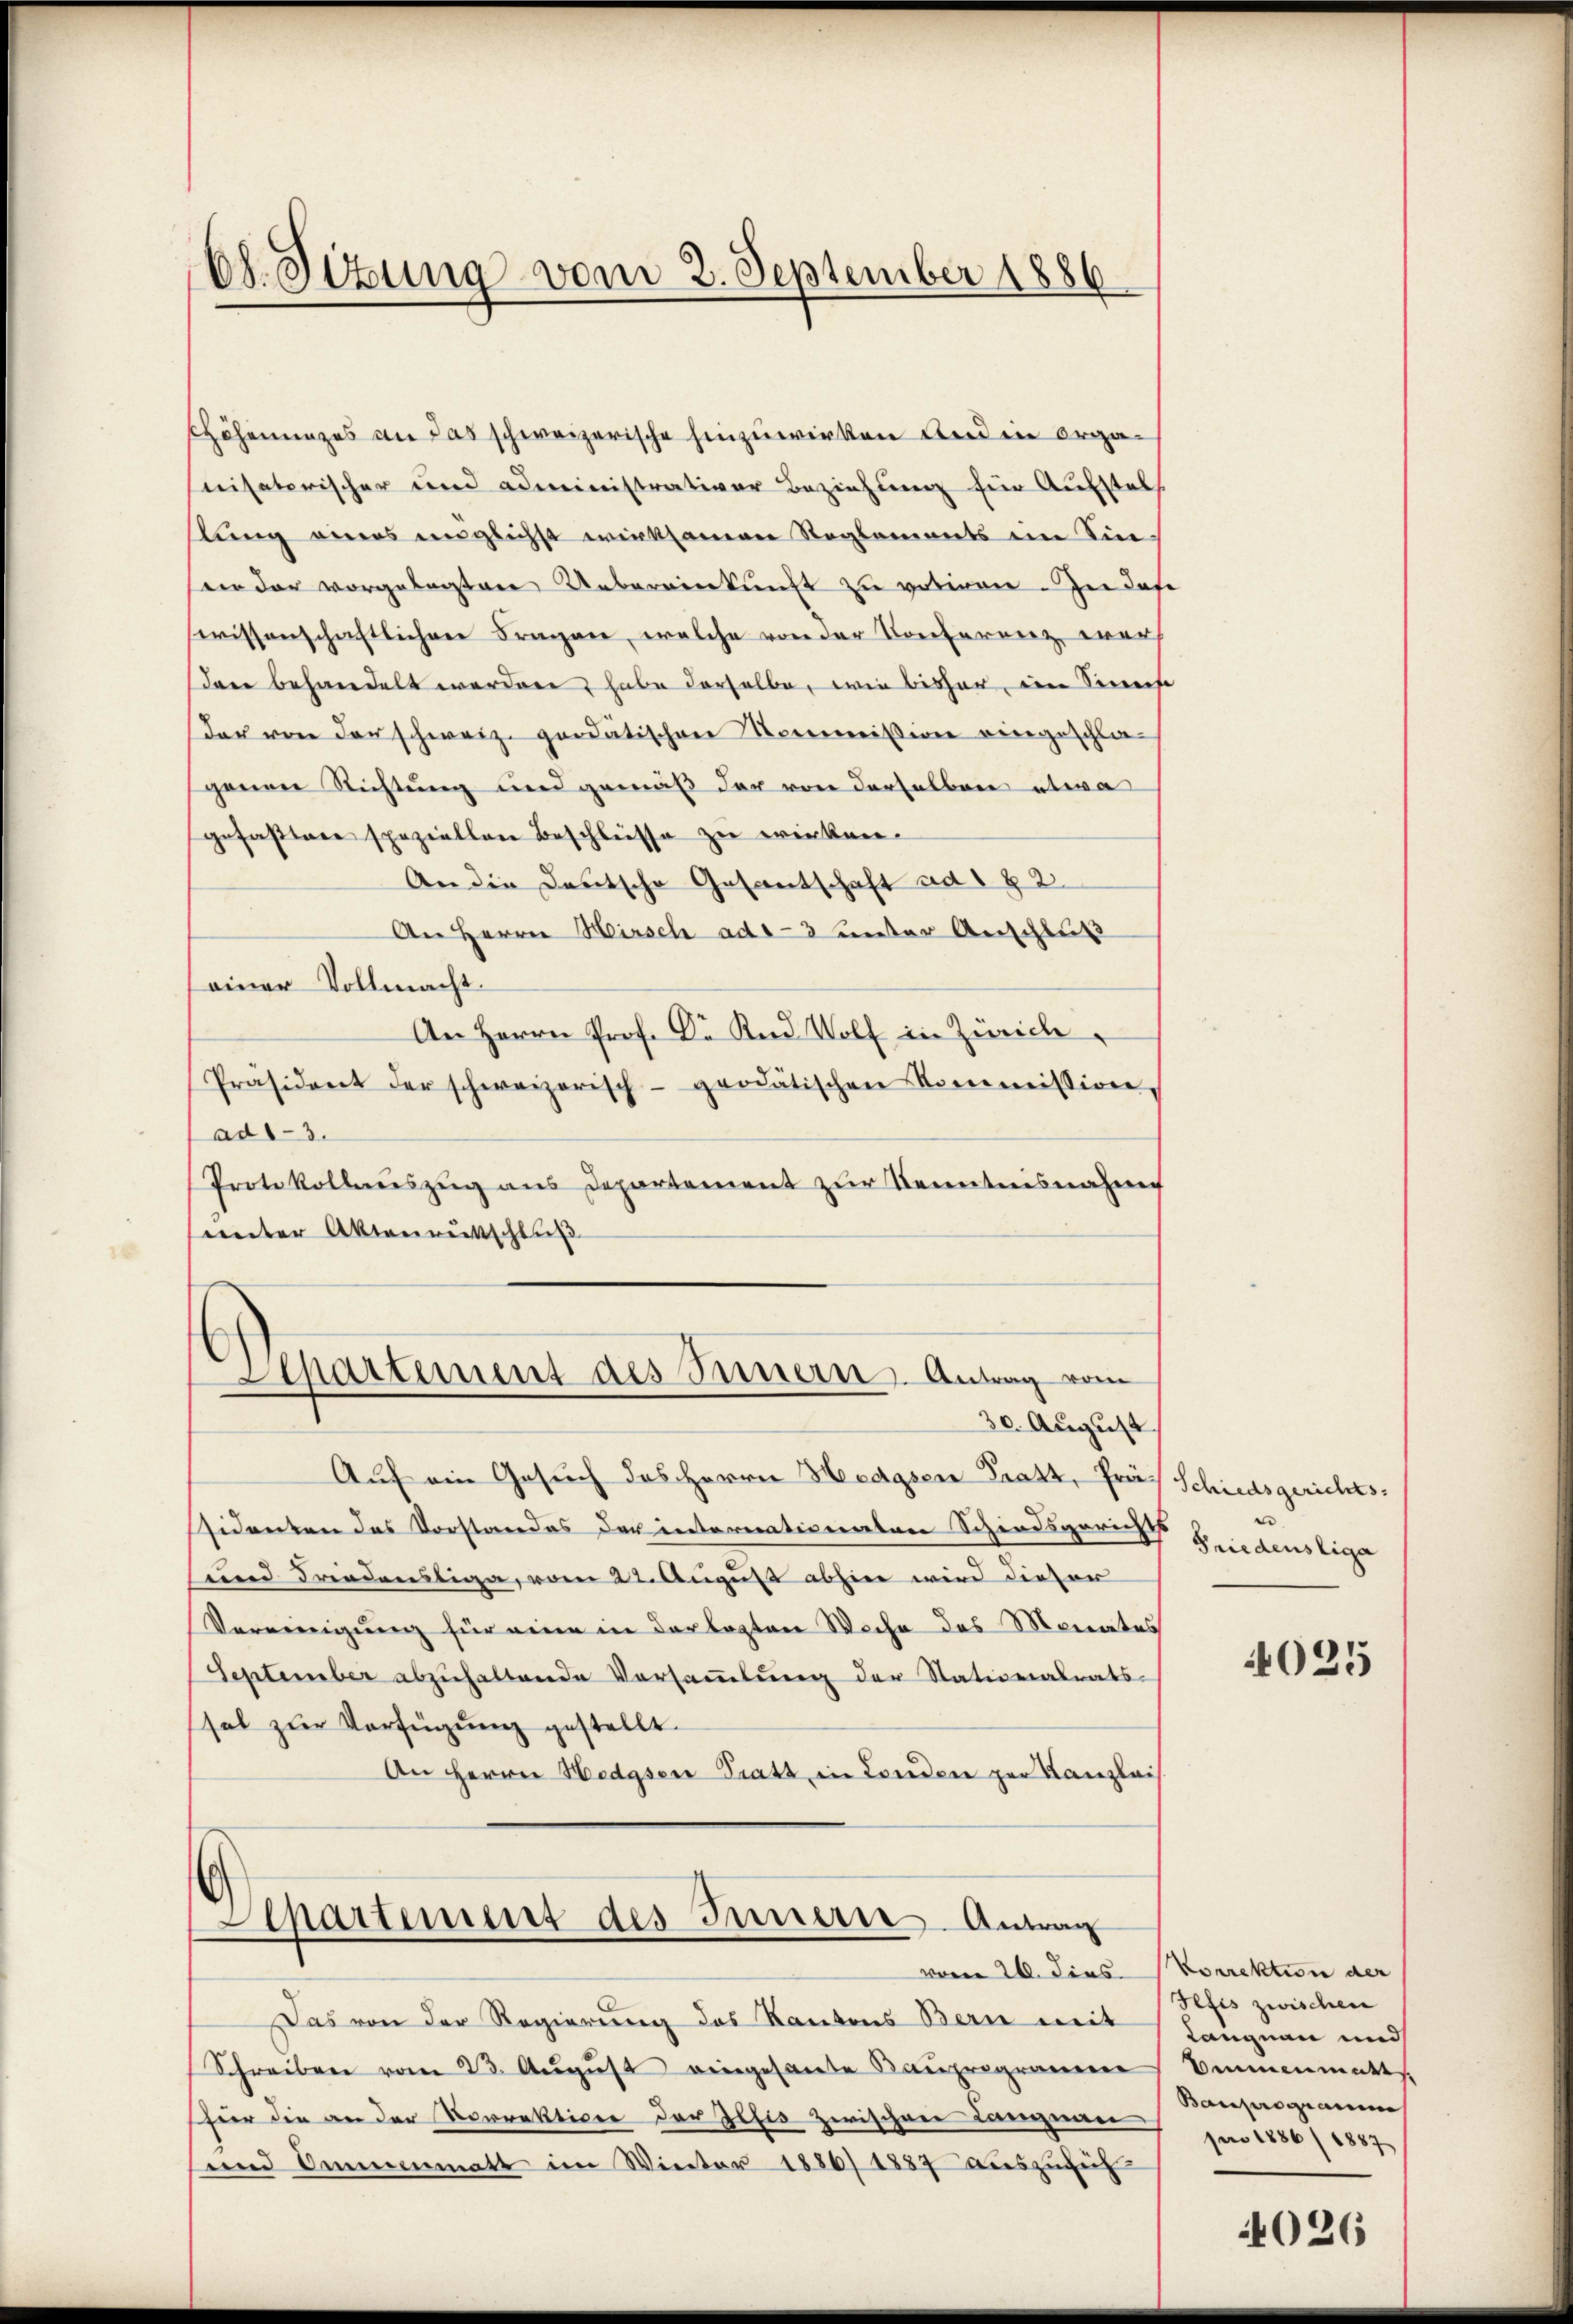
k
cs. Ottung vom 2. September 1886

Chöhnunges an das schweizerische hinzuwirken und in organisaterischer und administrativer Beziehung für Aufstel
kung eines englichst wirksamen Reglements im Sinsein der vorgelegten Uebereinkunft zu votiren. In das
wissenschaftlichen Fragen, welche von der Konferenz war
dann behandelt werden, habe derselbe, wie bisher im Sinnest
der von der schweiz. goodätischen Kommission eingeschlagenen Richtung und gemäß der von derselben etwa
gefastere speziellen Beschlüsse zu wirken.
An die Deutsche Gesantschaft ad 1 § 2
An Herrn Hirsch ad 3 unter Anschluß
einer Vollmacht.
An Herrn Prof. Dr Kind Wolf in Zürich
Präsident der schweizerisch-grodätischen Kommission,
ad1-3.
Protokollenszug aus Departement zur Kenntnisnahme
sunter Aktenrückschluß
6
Separtement des Innern Antrag vom
30. August
Auf ein Gesuch des Herrn Hedgsen Pratt, Präsidenten das Vorstandes der internationalen Schiedsgarns Friedenstige
sund Friedenstige, vom 22. August abhin wird dieser
Vereinigung für eine in der legten Woche des Monates
September abzŭhaltende Versaṁlŭng der Stationalrats-
sel zur Verfügung gestellt.
An Herrn Hedgser Tratt in London per Kanzlei

Apartement des Innern - Antrag

Das von der Regierung des Kantons Bern mit
Schreiben vom 23. Aŭgŭst eingesante Bauprogramen
für die an der Norrektione der Zelis zwischen Langnau
und Ammenmatt im Winter 1886/1887 aŭszŭfüh

vom 26. dies Vorrektion der

Schiedsgerichts.

4025

Hefis zwischen
Langnau und
Bennenmatt
Bauprogramm
pni 1886/1887

4026